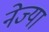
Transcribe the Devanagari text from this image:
नेज्या